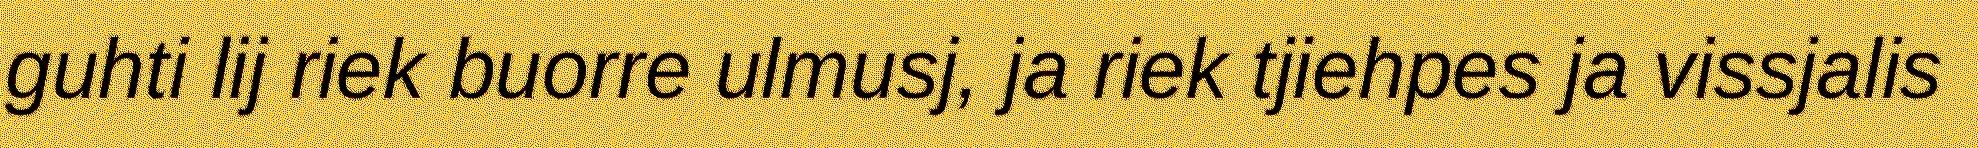
guhti lij riek buorre ulmusj, ja riek tjiehpes ja vissjalis